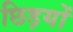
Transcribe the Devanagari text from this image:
छिड़यों